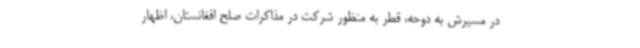
در مسیرش به دوحه، قطر به منظور شرکت در مذاکرات صلح افغانستان، اظهار